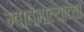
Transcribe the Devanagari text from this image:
ग्वातेमाल्याच्या